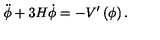
\ddot { \phi } + 3 H \dot { \phi } = - V ^ { \prime } \left( \phi \right) .